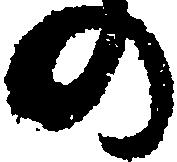
の